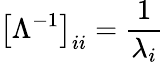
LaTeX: \left[\Lambda^{-1}\right]_{ii}={\frac{1}{\lambda_{i}}}